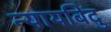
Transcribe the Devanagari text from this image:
न्यायबिंदु